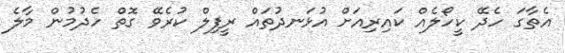
އެތާގަ ހެދޭ ކީހޯލެއް ކައިރިއަށް އުޅަނދުތައް ރީފިލް ކުރެވޭ ގޮތް ހެދުމުން މާލެ